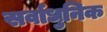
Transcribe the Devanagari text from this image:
सर्वाधुनिक